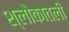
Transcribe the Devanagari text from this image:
श्लोकातली